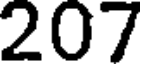
207